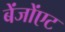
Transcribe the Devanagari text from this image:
बेंजोंएट